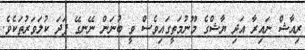
ރިއާޝް ނައިރާ އަދި ޔާޝްގެ މޫނުމަތީގައިވެސް ވީ ބުނަން ނޭނގޭ ފަދަ ކުލަވަރުތަކެވެ.